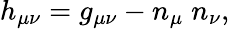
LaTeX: h_{\mu\nu}=g_{\mu\nu}-n_{\mu}\; n_{\nu},